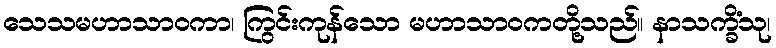
သေသမဟာသာဝကာ၊ ကြွင်းကုန်သော မဟာသာဝကတို့သည်။ နာသက္ခိံသု၊